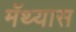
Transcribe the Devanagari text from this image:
मॅथ्यास